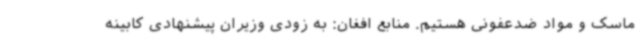
ماسک و مواد ضدعفونی هستیم. منابع افغان: به زودی وزیران پیشنهادی کابینه